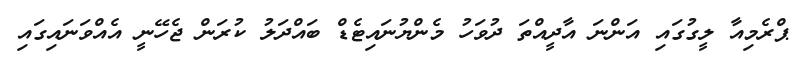
ޕްރެމިއާ ލީގުގައި އަންނަ އާދީއްތަ ދުވަހު މެންޔުނައިޓެޑް ބައްދަލު ކުރަން ޖެހޭނީ އެއްވަނައިގައި